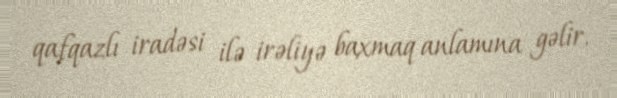
qafqazlı iradəsi ilə irəliyə baxmaq anlamına gəlir.